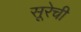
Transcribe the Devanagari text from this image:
सूरेची